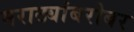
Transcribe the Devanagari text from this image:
मराठ्यांबरोबर